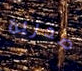
صدرية